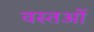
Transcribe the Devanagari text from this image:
वस्‍तओं